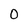
Character: O